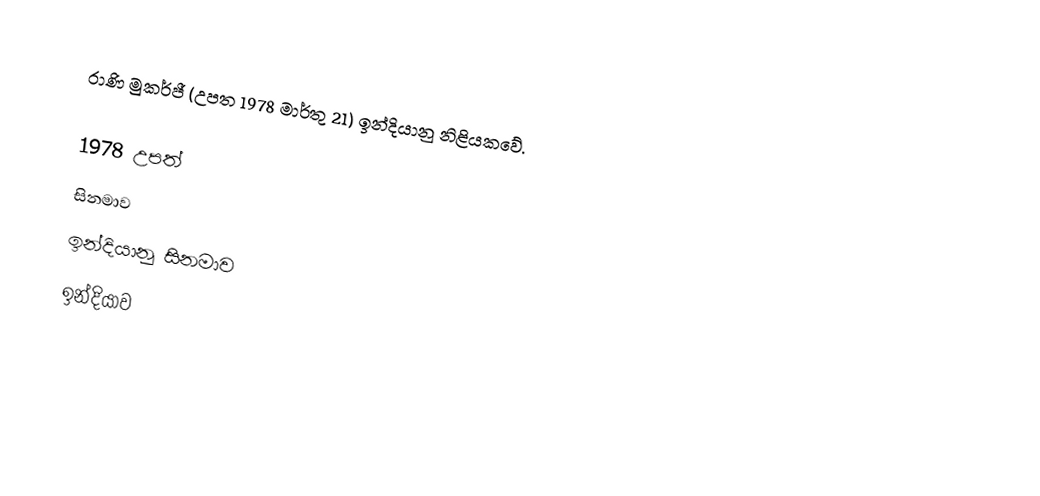
රාණි මුකර්ජී (උපත 1978 මාර්තු 21) ඉන්දියානු නිළියකවේ.

1978 උපත්
සිනමාව
ඉන්දියානු සිනමාව
ඉන්දියාව